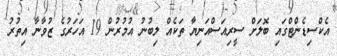
އެކްސިޑެންޓްގައި ބޮލަށް ސީރިއަސްއަނިޔާ ތަކެއް ލިބުނު އުމުރުން 19 އަހަރުގެ ޒުވާނާ އިތުރު